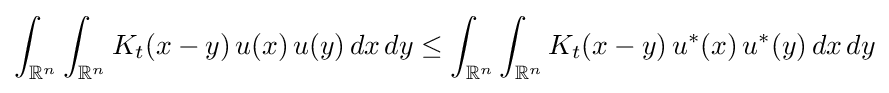
\int _{\mathbb {R} ^{n}}\int _{\mathbb {R} ^{n}}K_{t}(x-y)\,u(x)\,u(y)\,dx\,dy\leq \int _{\mathbb {R} ^{n}}\int _{\mathbb {R} ^{n}}K_{t}(x-y)\,u^{*}(x)\,u^{*}(y)\,dx\,dy